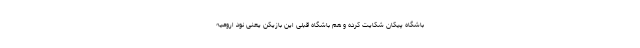
باشگاه پیکان شکایت کرده و هم باشگاه قبلی این بازیکن یعنی نود ارومیه